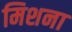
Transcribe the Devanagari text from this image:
मिशना